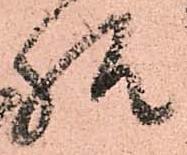
様